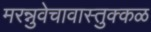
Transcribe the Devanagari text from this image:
मरन्नुवेचावास्तुक्कळ